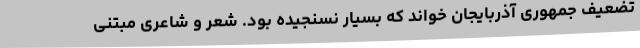
تضعیف جمهوری آذربایجان خواند که بسیار نسنجیده بود. شعر و شاعری مبتنی